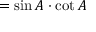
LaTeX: = \sin A \cdot \cot A